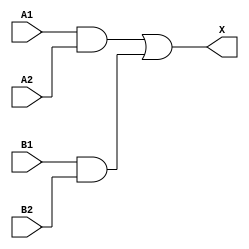
module sky130_fd_sc_ms__a22o (
    X ,
    A1,
    A2,
    B1,
    B2
);
    output X ;
    input  A1;
    input  A2;
    input  B1;
    input  B2;
    wire and0_out ;
    wire and1_out ;
    wire or0_out_X;
    and and0 (and0_out , B1, B2            );
    and and1 (and1_out , A1, A2            );
    or  or0  (or0_out_X, and1_out, and0_out);
    buf buf0 (X        , or0_out_X         );
endmodule